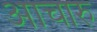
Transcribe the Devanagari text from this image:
आचारु